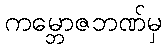
ကမ္ဘောဇဘဏ်မှ